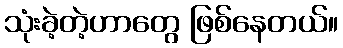
သုံးခဲ့တဲ့ဟာတွေ ဖြစ်နေတယ်။